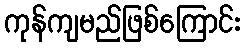
ကုန်ကျမည်ဖြစ်ကြောင်း